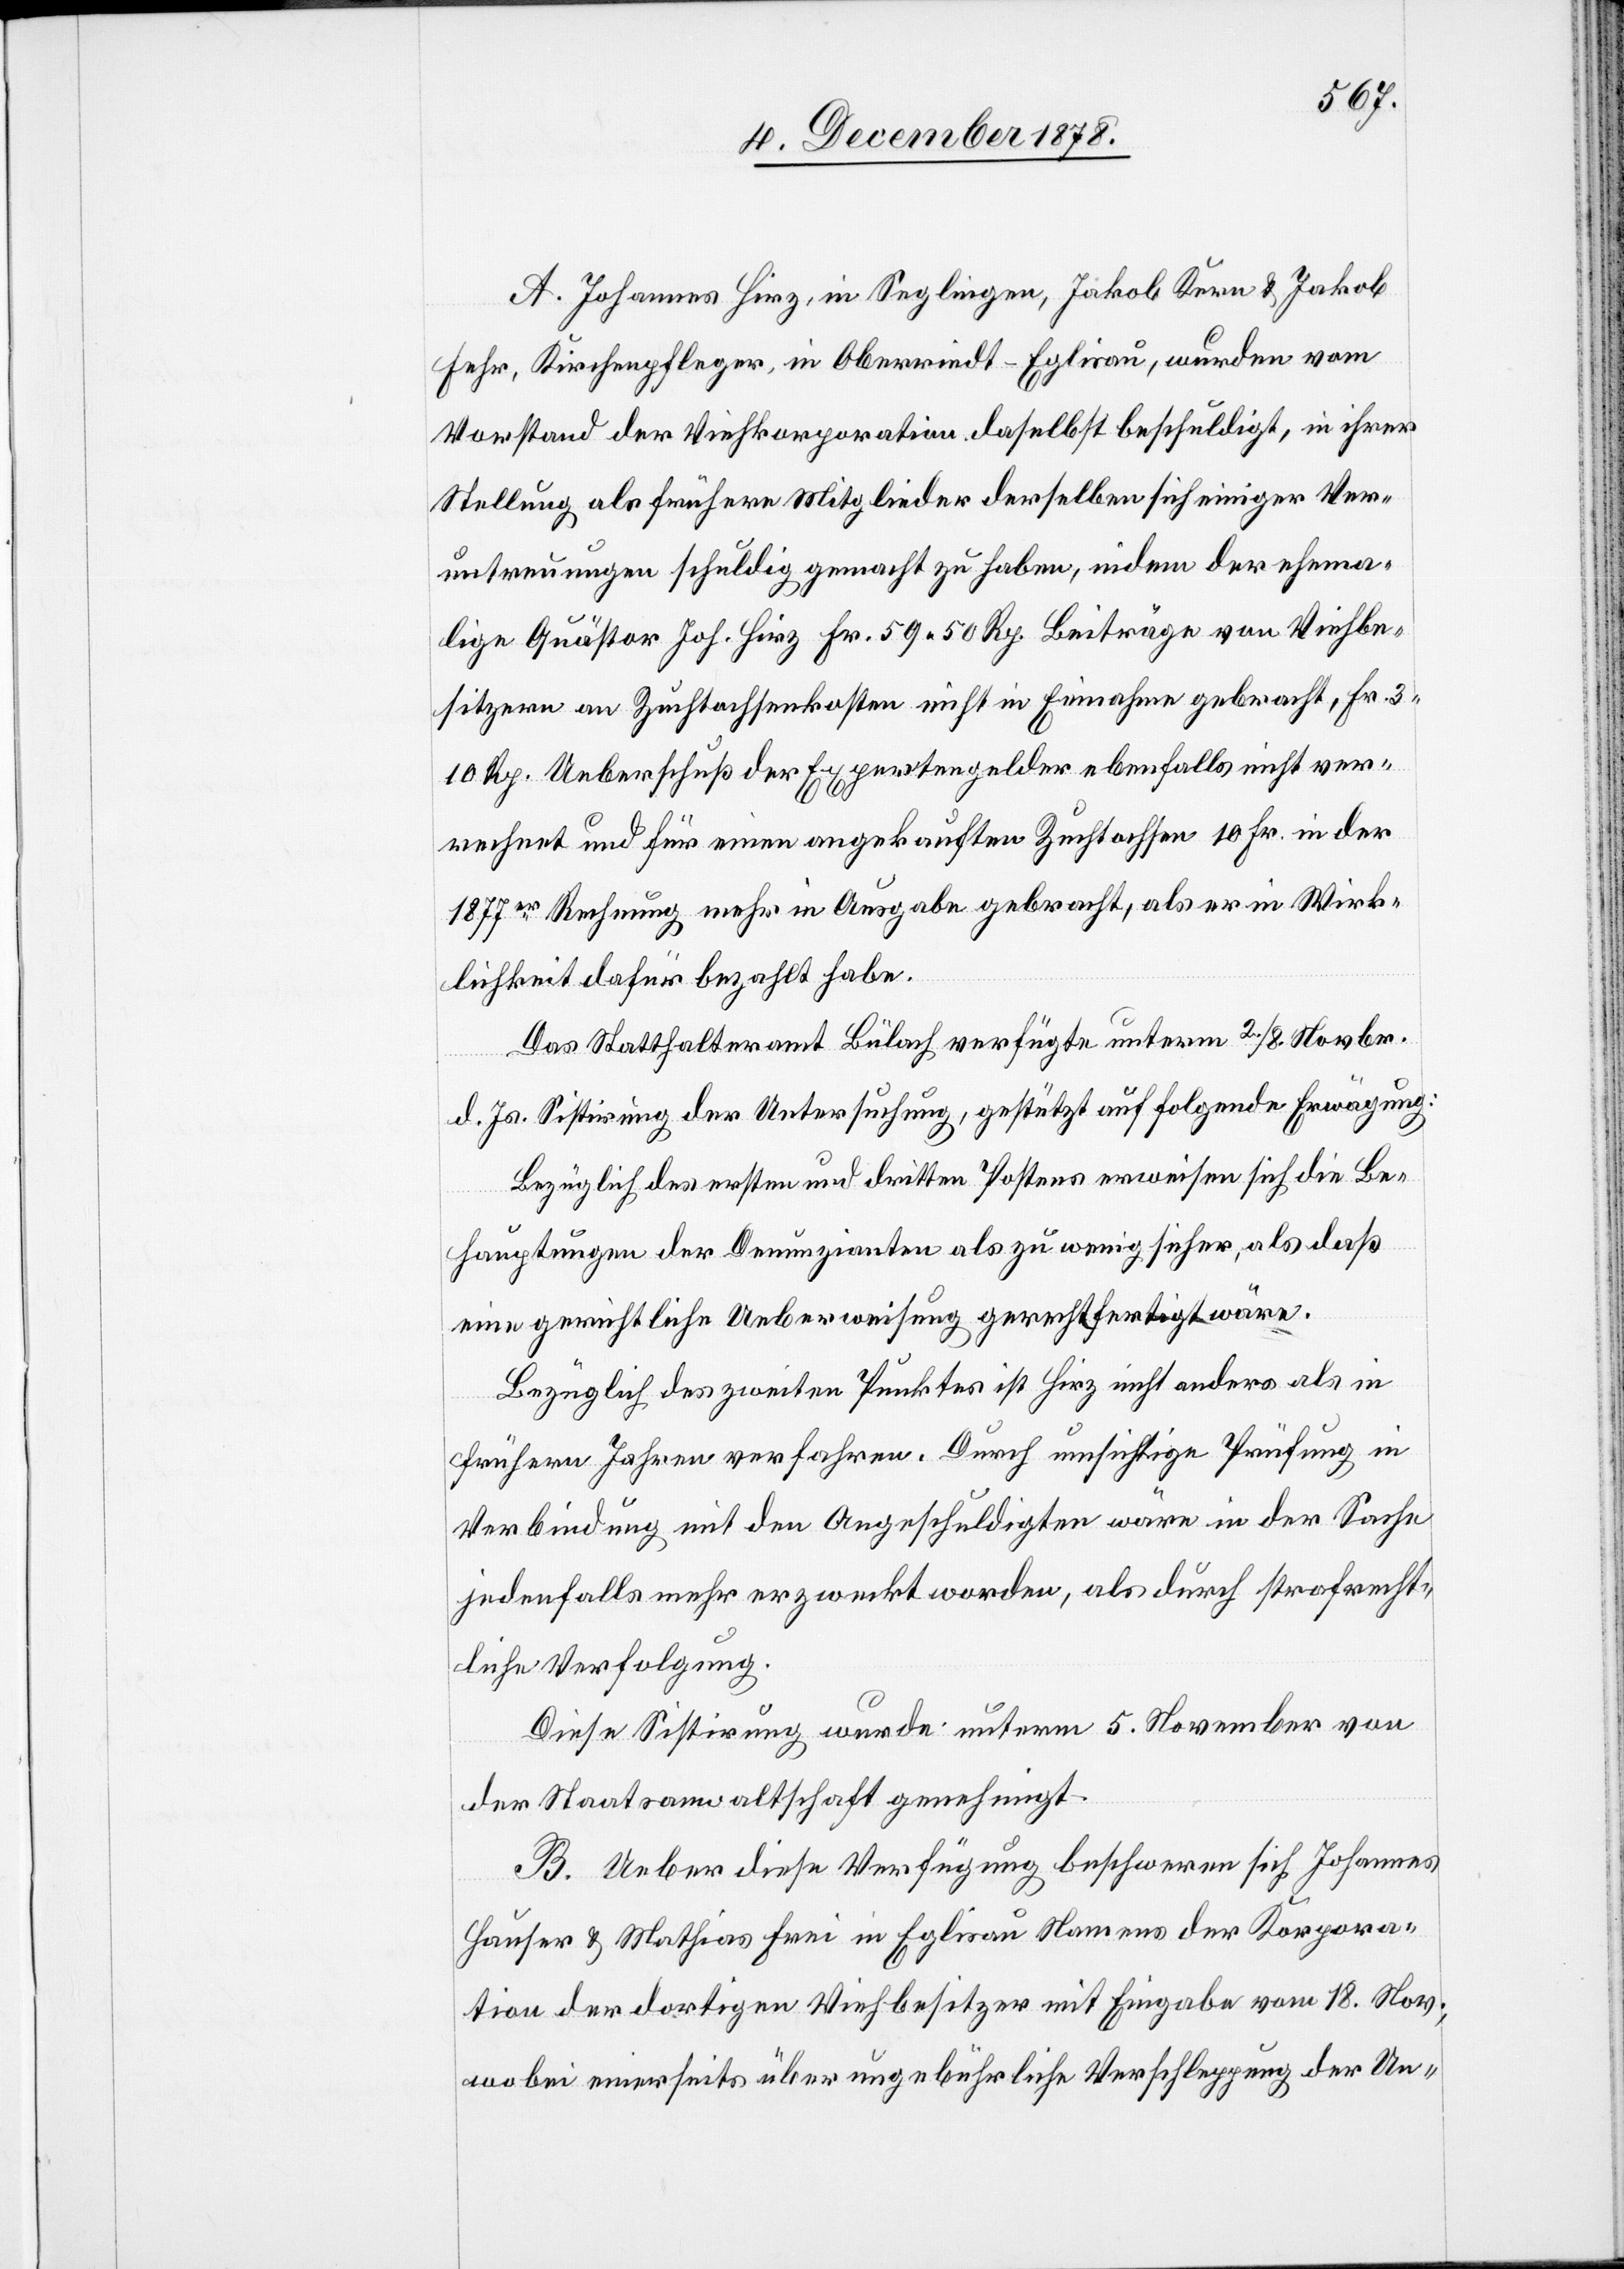
A. Johannes Hirz, in Seglingen, Jakob Kern & Jakob
Fehr, Kirchenpfleger, in Oberriedt - Eglisau, wurden vom
Vorstand der Viehkorporation daselbst beschuldigt, in ihrer
Stellung als frühere Mitglieder derselben sich einiger Ver¬
untreuungen schuldig gemacht zu haben, indem der ehema¬
lige Quästor Joh. Hirz Fr. 59 50 Rp. Beiträge von Viehbe¬
sitzern an Zuchtochsenkosten nicht in Einnahme gebracht, Fr. 3
10 Rp. Ueberschuß der Expertengelder ebenfalls nicht ver¬
rechnet und für einen angekauften Zuchtochsen 10 Fr. in der
1877er Rechnung mehr in Ausgabe gebracht, als er in Wirk¬
lichkeit dafür bezahlt habe.
Das Statthalteramt Bülach verfügte unterm 2./8. Novbr.
d. Js. Sistirung der Untersuchung, gestützt auf folgende Erwägung:
Bezüglich des ersten und dritten Postens erweisen sich die Be¬
hauptungen der Denunzianten als zu wenig sicher, als daß
eine gerichtliche Ueberweisung gerechtfertigt wäre.
Bezüglich des zweiten Punktes ist Hirz nicht anders als in
frühern Jahren verfahren. Durch umsichtige Prüfung in
Verbindung mit den Angeschuldigten wäre in der Sache
jedenfalls mehr erzweckt worden, als durch strafrecht¬
liche Verfolgung.
Diese Sistirung wurde unterm 5. November von
der Staatsanwaltschaft genehmigt.
B. Ueber diese Verfügung beschweren sich Johannes
Hauser & Mathias Frei in Eglisau Namens der Korpora¬
tion der dortigen Viehbesitzer mit Eingabe vom 18. Nov.,
wobei einerseits über ungebührliche Verschleppung der Un-